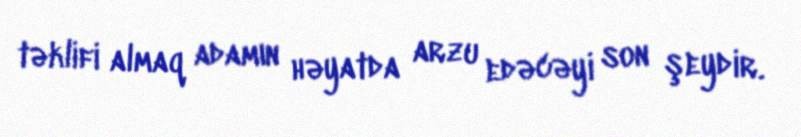
təklifi almaq adamın həyatda arzu edəcəyi son şeydir.